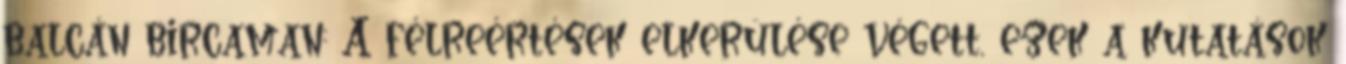
balcán bircaman: A félreértések elkerülése végett, ezek a kutatások